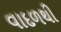
વાદળથી